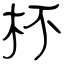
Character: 杯